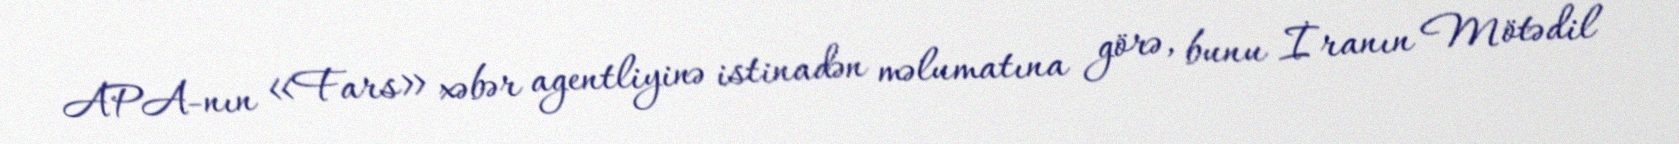
APA-nın «Fars» xəbər agentliyinə istinadən məlumatına görə, bunu İranın Mötədil